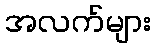
အလက်များ